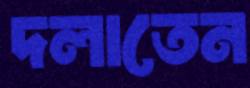
দলাতেন